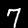
Digit: 7